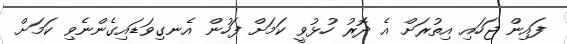
ފައިން ޖަހައި އިތުރަށް އެ ދޮރު ހުޅުވީ ކަމަށް ފަހުން އެނގިވަޑައިގެންނެވި ކަމަށް